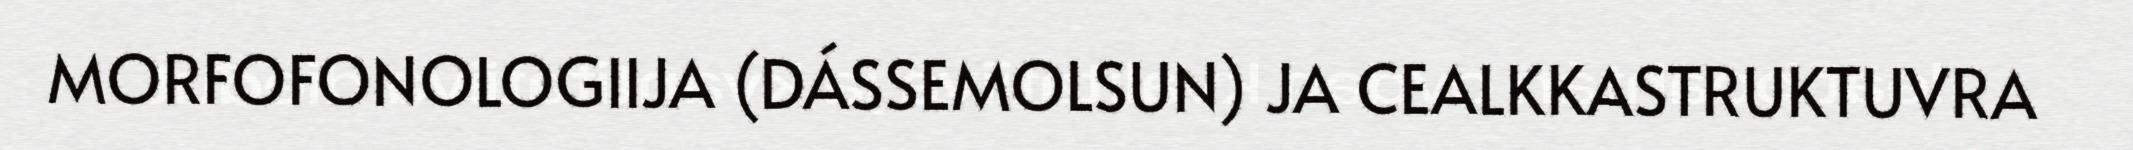
MORFOFONOLOGIIJA (DÁSSEMOLSUN) JA CEALKKASTRUKTUVRA